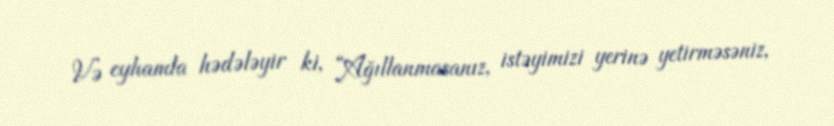
Və eyhamla hədələyir ki, “Ağıllanmasanız, istəyimizi yerinə yetirməsəniz,